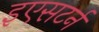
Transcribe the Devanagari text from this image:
इएसटर्न